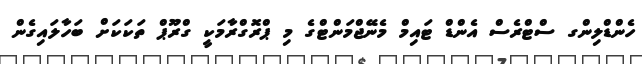
ހެންޑްލިންގ ސްޓްރެސް އެންޑް ޓައިމް މެނޭޖްމަންޓްގެ މި ޕްރޮގްރާމަކީ ގްރޫޕް ތަކަކަށް ބަހާލައިގެން